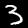
Digit: 3